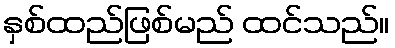
နှစ်ထည်ဖြစ်မည် ထင်သည်။